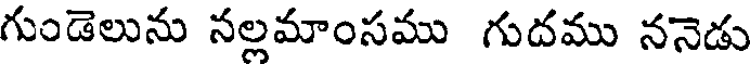
గుండెలును నల్లమాంసము గుదము ననెడు